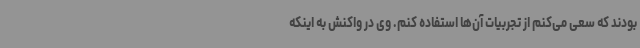
بودند که سعی می‌کنم از تجربیات آن‌ها استفاده کنم. وی در واکنش به اینکه